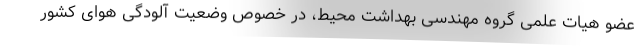
عضو هیات علمی گروه مهندسی بهداشت محیط، در خصوص وضعیت آلودگی هوای کشور